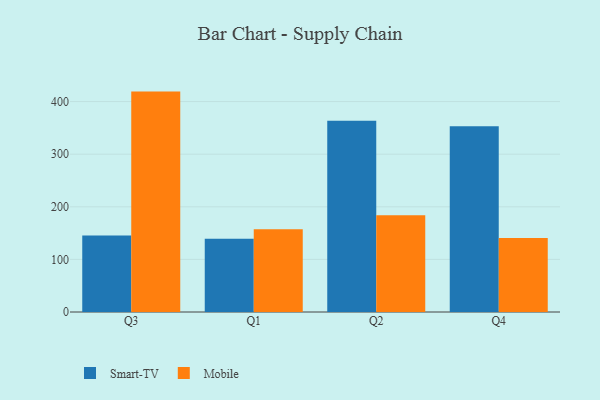
{"axis": {"x": "Quarter", "y": "Humidity (%)"}, "legend": ["Mobile", "Smart-TV"], "data": [{"x": "Q3", "y": 145.3, "type": "Smart-TV"}, {"x": "Q3", "y": 419.0, "type": "Mobile"}, {"x": "Q1", "y": 139.3, "type": "Smart-TV"}, {"x": "Q1", "y": 157.1, "type": "Mobile"}, {"x": "Q2", "y": 363.5, "type": "Smart-TV"}, {"x": "Q2", "y": 183.8, "type": "Mobile"}, {"x": "Q4", "y": 353.0, "type": "Smart-TV"}, {"x": "Q4", "y": 140.9, "type": "Mobile"}]}